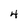
Character: 4